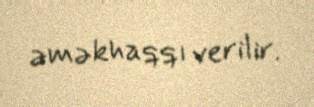
əməkhaqqı verilir.